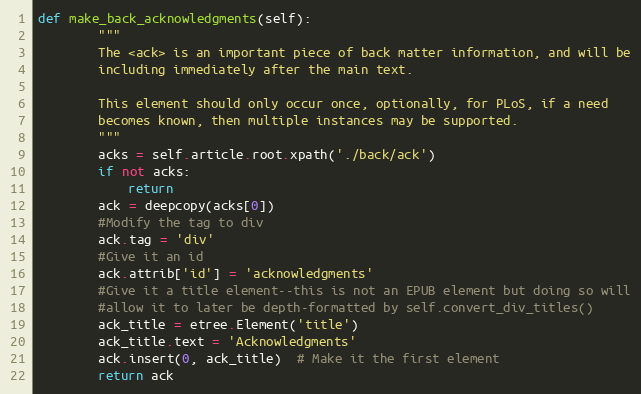
Language: Python
def make_back_acknowledgments(self):
        """
        The <ack> is an important piece of back matter information, and will be
        including immediately after the main text.

        This element should only occur once, optionally, for PLoS, if a need
        becomes known, then multiple instances may be supported.
        """
        acks = self.article.root.xpath('./back/ack')
        if not acks:
            return
        ack = deepcopy(acks[0])
        #Modify the tag to div
        ack.tag = 'div'
        #Give it an id
        ack.attrib['id'] = 'acknowledgments'
        #Give it a title element--this is not an EPUB element but doing so will
        #allow it to later be depth-formatted by self.convert_div_titles()
        ack_title = etree.Element('title')
        ack_title.text = 'Acknowledgments'
        ack.insert(0, ack_title)  # Make it the first element
        return ack